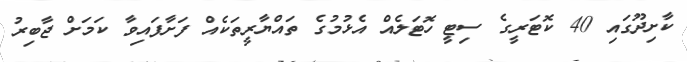
ކާށިދޫގައި 40 ކޮޓަރީގެ ސިޓީ ހޮޓަލެއް އެޅުމުގެ ތައްޔާރީތަކެއް ފަށާފައިވާ ކަމަށް ޖާބިރު